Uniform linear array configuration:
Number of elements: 12
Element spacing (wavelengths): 0.75
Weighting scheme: binomial
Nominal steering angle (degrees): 60
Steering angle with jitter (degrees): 59.727
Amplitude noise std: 0.05
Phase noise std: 0.05

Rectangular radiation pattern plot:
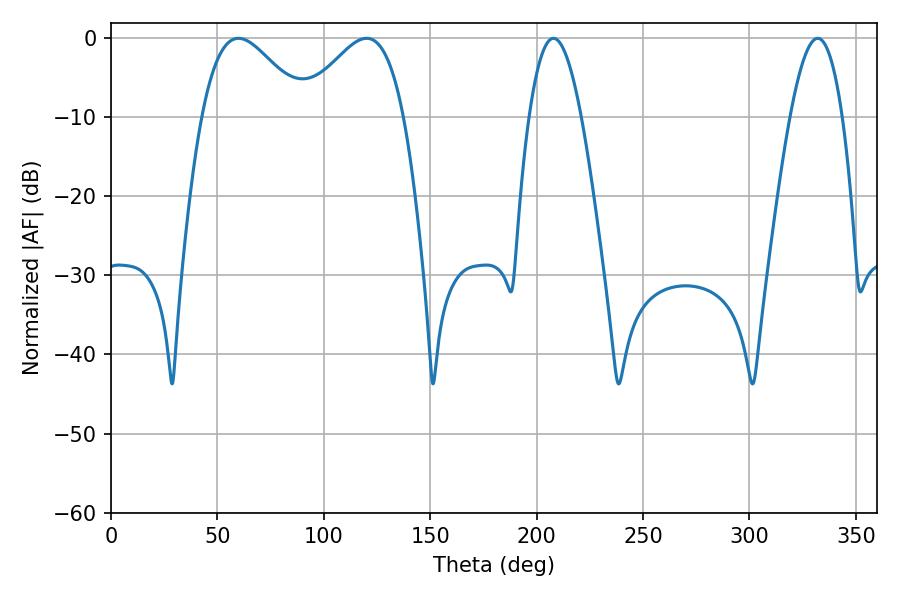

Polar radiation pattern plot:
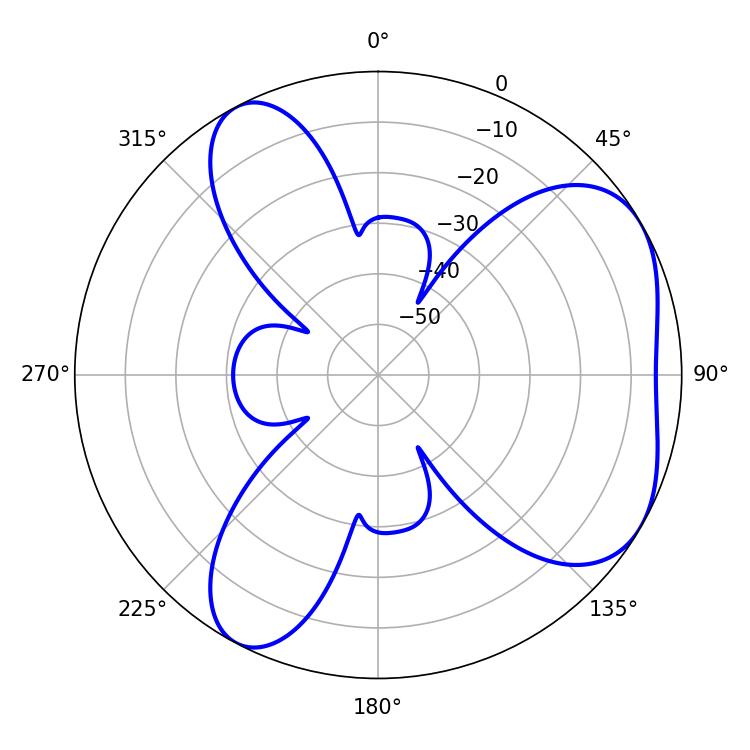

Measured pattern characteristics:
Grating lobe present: TRUE
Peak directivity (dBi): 4.975
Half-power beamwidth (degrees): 13.5
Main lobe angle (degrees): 207.9